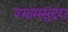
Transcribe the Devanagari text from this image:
श्यामसुंदरा